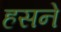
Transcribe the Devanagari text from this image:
हसने